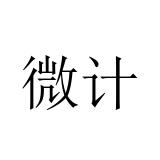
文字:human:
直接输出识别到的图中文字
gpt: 微计